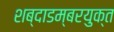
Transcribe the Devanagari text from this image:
शब्दाडम्बरयुक्त